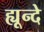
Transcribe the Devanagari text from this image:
ह्यून्दे